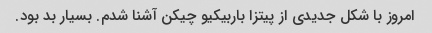
امروز با شکل جدیدی از پیتزا باربیکیو چیکن آشنا شدم. بسیار بد بود.